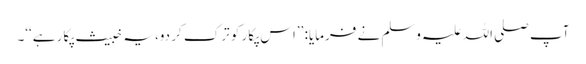
آپ صلی اللہ علیہ وسلم نے فرمایا: ’’اس پکار کو ترک کر دو، یہ خبیث پکار ہے‘‘۔